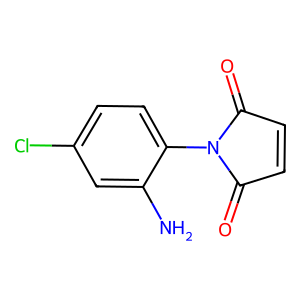
SMILES: Nc1cc(Cl)ccc1N1C(=O)C=CC1=O
Inhibits HIV replication: No